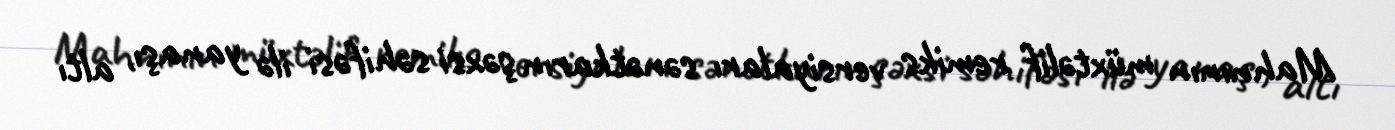
Mahnının müxtəlif remiks versiyaları sənətkarın şəxsi səhifəsi ilə yanaşı, altı